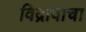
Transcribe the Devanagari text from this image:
विद्रावाचा